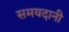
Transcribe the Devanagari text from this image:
समयदानी